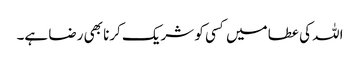
اللہ کی عطا میں کسی کو شریک کرنا بھی رضا ہے۔